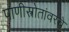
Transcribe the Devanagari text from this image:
पाणीस्त्रोतांवरचे